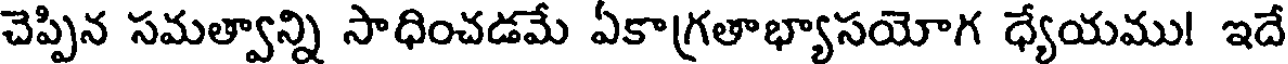
చెప్పిన సమత్వాన్ని సాధించడమే ఏకాగ్రతాభ్యాసయోగ ధ్యేయము! ఇదే